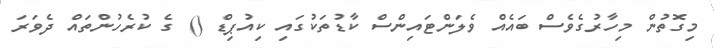
މިގޮތުން މިހާރުގެވެސް ބައެއް ވެލަންޓައިންސް ކާޑުތަކުގައި ކިއުޕިޑް () ގެ ކުރެހުންތައް ދެވަރަ